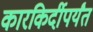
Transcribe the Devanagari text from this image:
कारकिर्दीपर्यंत